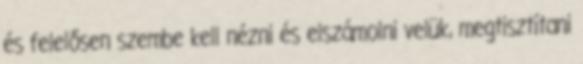
és felelősen szembe kell nézni és elszámolni velük, megtisztítani